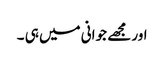
اور مجھے جوانی میں ہی ۔